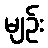
မျဉ်း